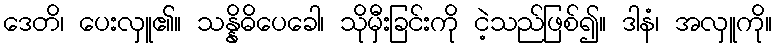
ဒေတိ၊ ပေးလှူ၏။ သန္နိဓိပေခေါ၊ သိုမှီးခြင်းကို ငဲ့သည်ဖြစ်၍။ ဒါနံ၊ အလှူကို။